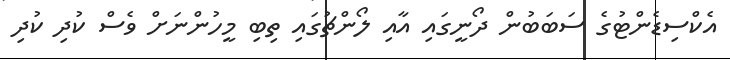
އެކްސިޑެންޓުގެ ސަބަބުން ދޯނީގައި އާއި ލޯންޗުގައި ތިބި މީހުންނަށް ވެސް ކުދި ކުދި